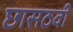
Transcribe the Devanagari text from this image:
छासठवीं